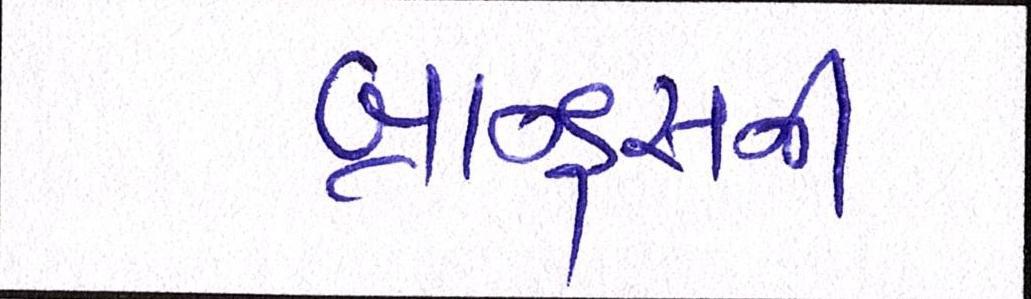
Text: બ્રાન્ડ્સની